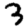
Digit: 3